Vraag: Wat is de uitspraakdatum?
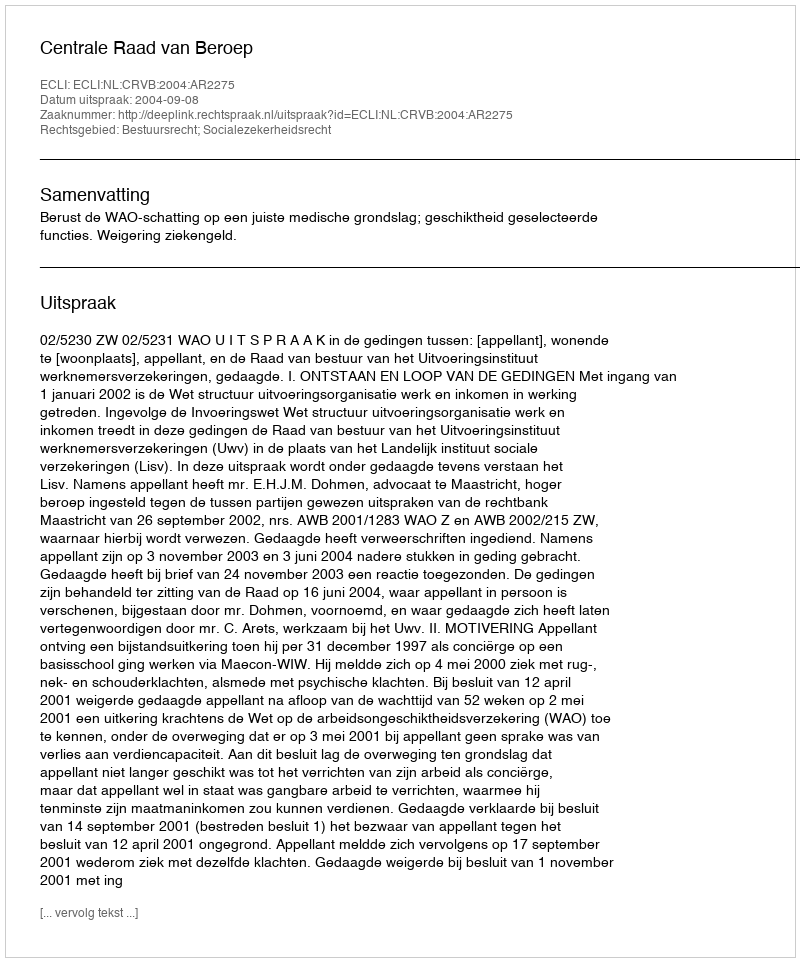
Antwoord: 2004-09-08